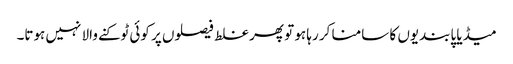
میڈیا پابندیوں کا سامنا کر رہا ہو تو پھر غلط فیصلوں پر کوئی ٹوکنے والا نہیں ہوتا۔